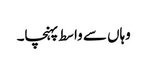
وہاں سے واسط پہنچا۔